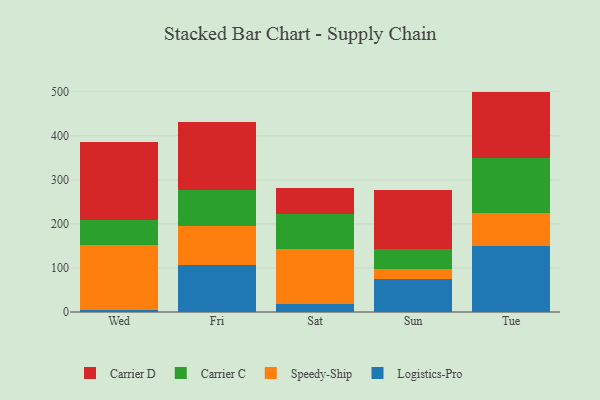
{"axis": {"x": "Day", "y": "LTV (USD)"}, "legend": ["Carrier C", "Carrier D", "Logistics-Pro", "Speedy-Ship"], "data": [{"x": "Wed", "y": 5.3, "type": "Logistics-Pro"}, {"x": "Wed", "y": 146.8, "type": "Speedy-Ship"}, {"x": "Wed", "y": 57.6, "type": "Carrier C"}, {"x": "Wed", "y": 175.2, "type": "Carrier D"}, {"x": "Fri", "y": 106.8, "type": "Logistics-Pro"}, {"x": "Fri", "y": 87.7, "type": "Speedy-Ship"}, {"x": "Fri", "y": 83.5, "type": "Carrier C"}, {"x": "Fri", "y": 153.4, "type": "Carrier D"}, {"x": "Sat", "y": 17.3, "type": "Logistics-Pro"}, {"x": "Sat", "y": 125.7, "type": "Speedy-Ship"}, {"x": "Sat", "y": 78.9, "type": "Carrier C"}, {"x": "Sat", "y": 60.6, "type": "Carrier D"}, {"x": "Sun", "y": 74.6, "type": "Logistics-Pro"}, {"x": "Sun", "y": 22.2, "type": "Speedy-Ship"}, {"x": "Sun", "y": 47.2, "type": "Carrier C"}, {"x": "Sun", "y": 133.1, "type": "Carrier D"}, {"x": "Tue", "y": 150.1, "type": "Logistics-Pro"}, {"x": "Tue", "y": 73.6, "type": "Speedy-Ship"}, {"x": "Tue", "y": 126.6, "type": "Carrier C"}, {"x": "Tue", "y": 150.1, "type": "Carrier D"}]}